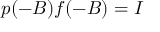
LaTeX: p ( - B ) f ( - B ) = I